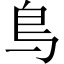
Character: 𫠓